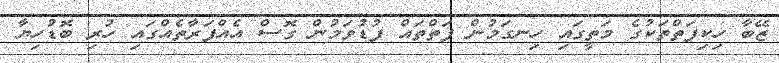
ޒޭބާ ހިކިފަތްތަކުގެ މަތީގައި ހިނގަމުން ފަތްތައް ފުޑުވަމުން ގޮސް އެއްފަރާތެއްގައި ހުރި ބޮޑުހިޔާ